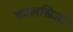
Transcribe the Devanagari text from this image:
कालसिओ